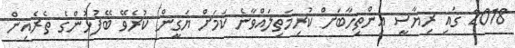
2018 ގައި ރިޔާސީ އިންތިހާބަށް ކުރިމަތިލައްވާނެ ކަމަށް ޔަގީން ކުރެވޭ ބޭފުޅުންގެ ތެރެއިން